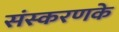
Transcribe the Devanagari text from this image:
संस्‍करणके